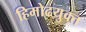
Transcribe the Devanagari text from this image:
हिमोढयुक्त